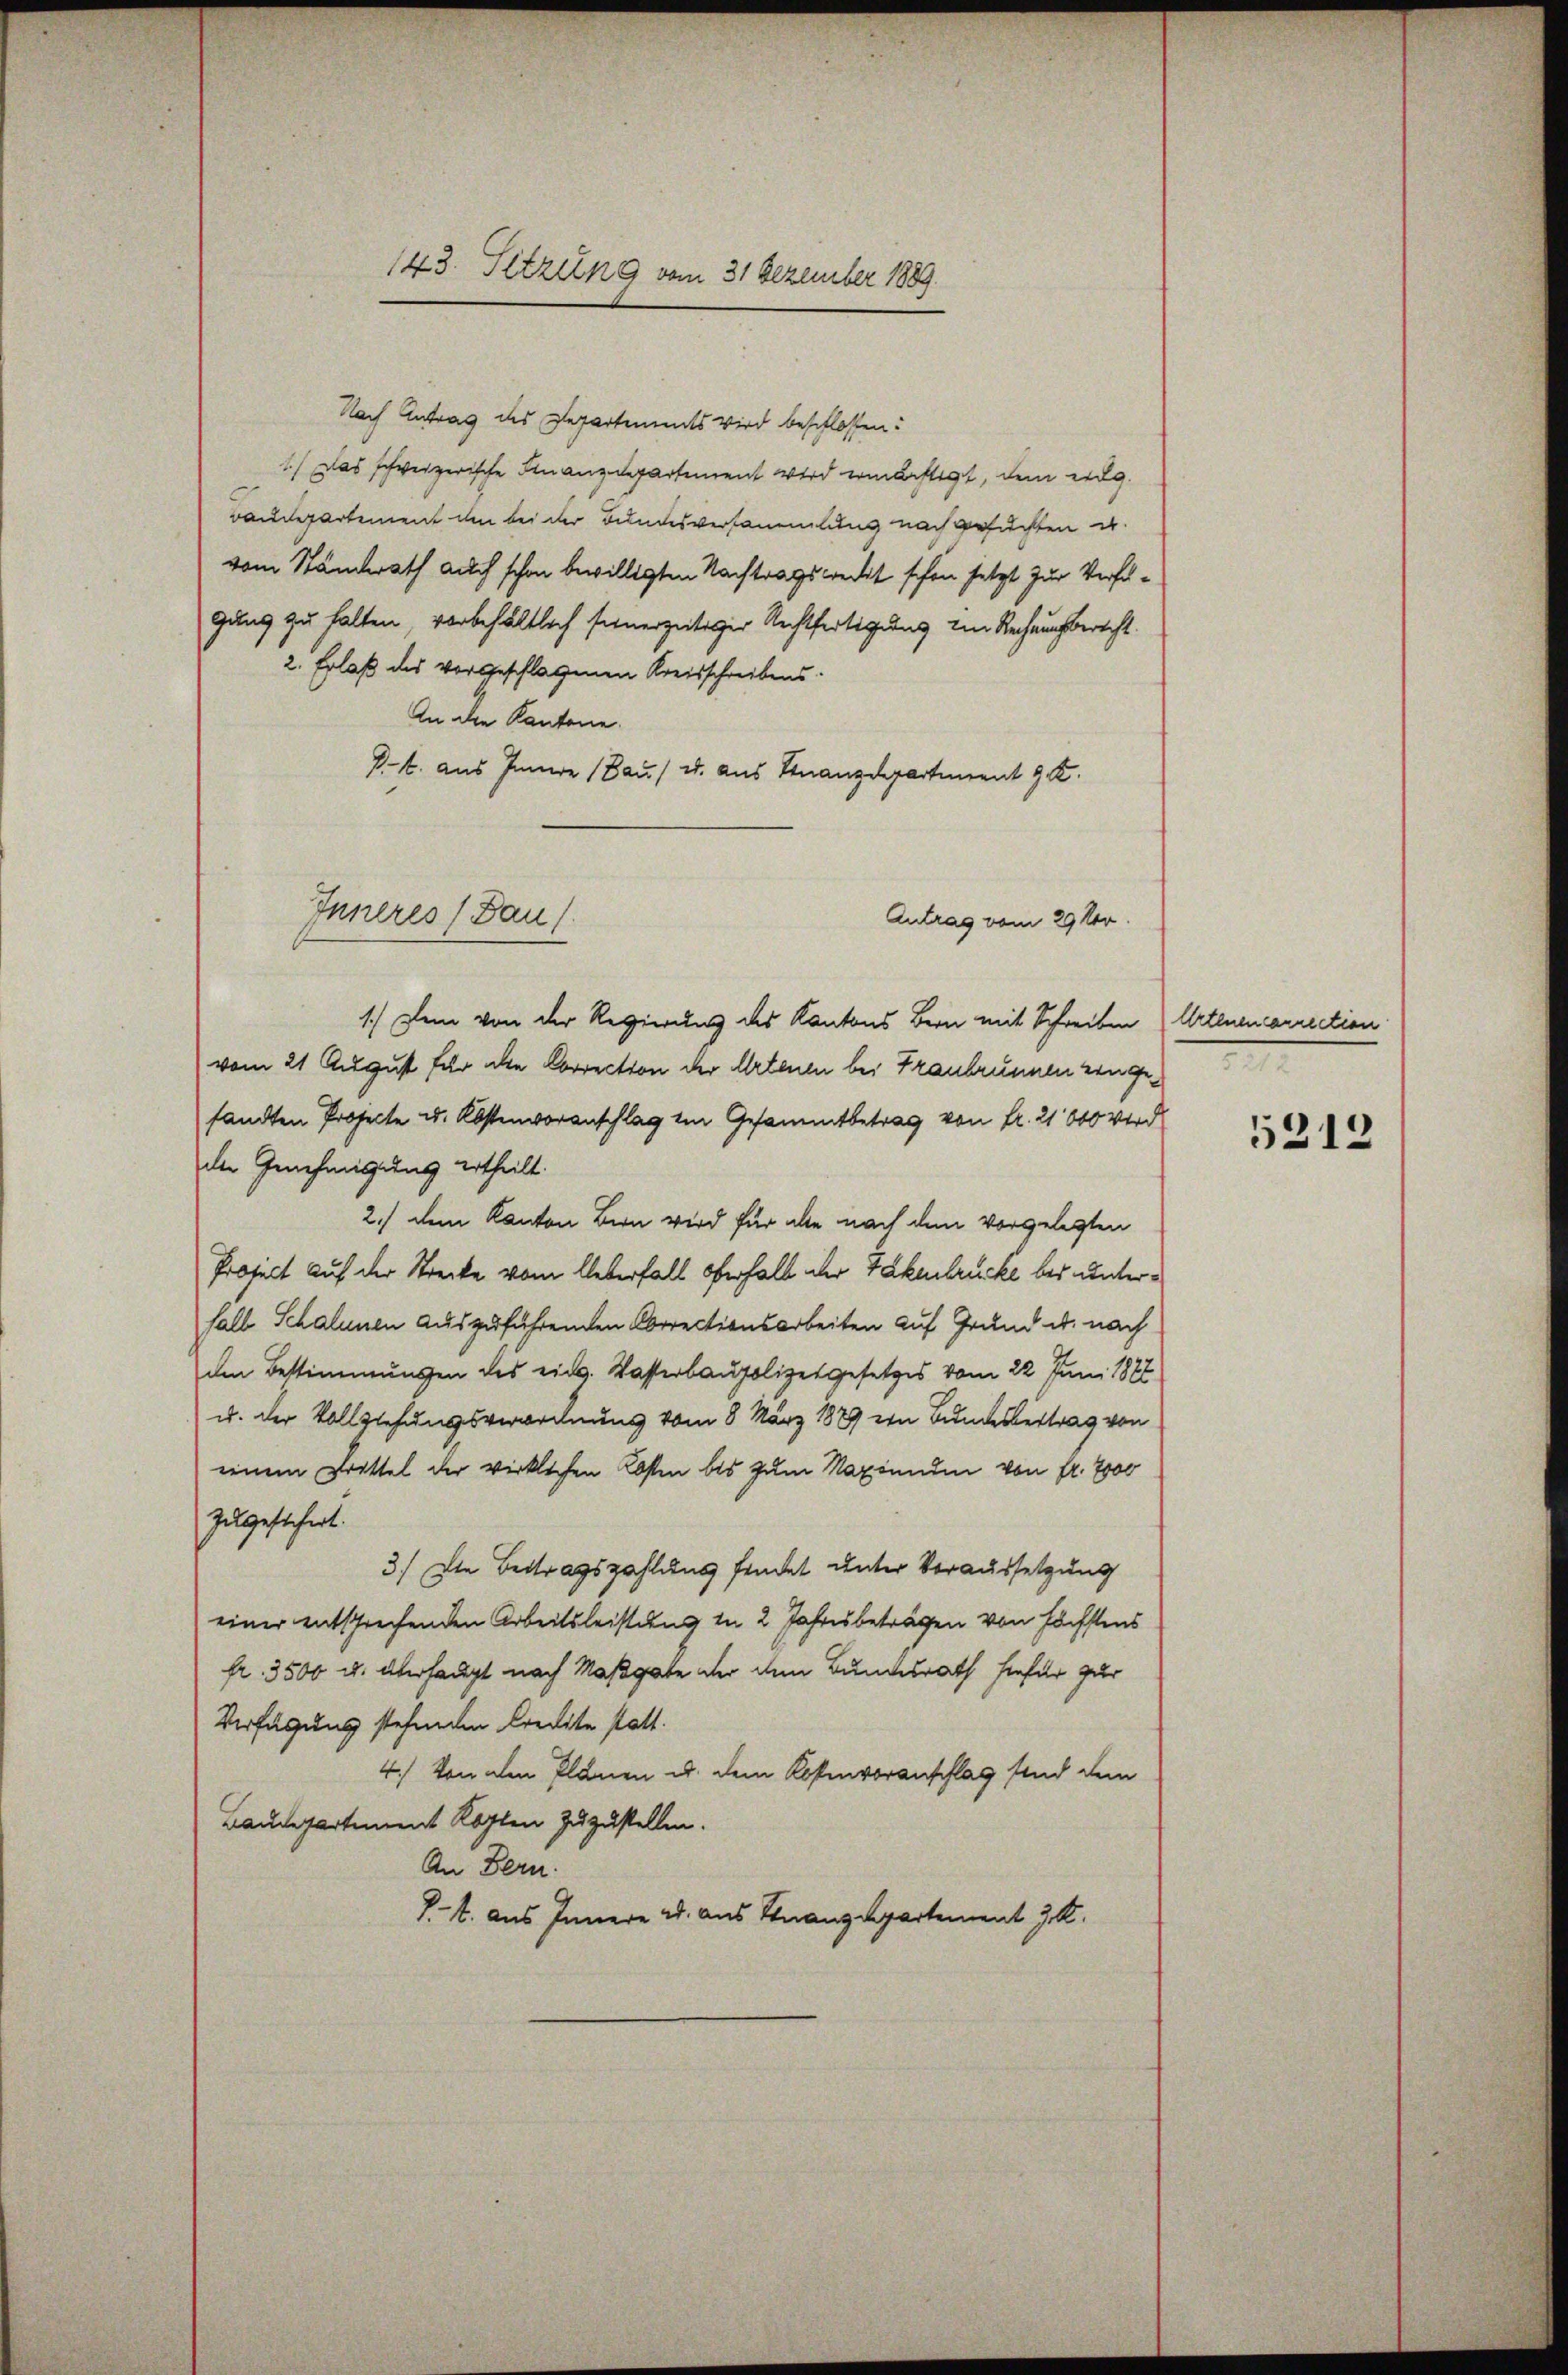
143. Sitzung vom 31 Dezember 1889.

Nach Antrag des Departements wird beschlossen:
1. Das schweizerische Finanzdepartement wird ermächtigt, dem eidg.
Baudepartement den bei der Bundesversammlung nach gesuchten u.
vom Standerath auch schon bewilligten Nachtragswert schon setzt zur Verfügung zu halten, vorbehältlich seinerzeitiger Rechtfertigung im Rechnungsbericht.
2. Erlaß des vorgeschlagenen Kreisschreibens.
An die Kantone.
I. 6. aus Innere (Bau) u. aus Finanzdepartement 9 K.
Antrag vom 29. Ver
1.) Den von der Regierung des Kantons Bern mit Schreiben
vom 21. August für die Correction der Artenen bei Franbrunnen eingesandten Projecte u. Kostenvoranschlag ein Gesammtbetrag von fr. 21000 wird
der Genehmigung ertheilt.
2.) dem Kanton Bern wird für alle nach dem vorgelegten
Project auf der Strecke vom Ueberfall Oberhalb der Fäkenbrücke bei unterhalb Schalenen auszuführenden Correctionsarbeiten auf Grund u. nach
den Bestimmungen des ein. Wasserbaupolizetgesetzes vom 22. Juni 1826
u. der Vollziehungsverordnung vom 8. März 1889 ein Bundesbertrag von
einem Drittel der wirklichen Kosten bis zum Naxinnden von fr. 7000
zugesichert.
3.) Die Beitragszahlung findet unter Voraussetzung
einer entsprechenden Arbeitsleistung in 2 Jahresbeträgen von höchstens
fr. 3500 u. überhaupt nach Maßgabe der dem Bundesrath hiefür zur
Verfügung stehenden Credite statt.
4.) Von den Plänen u. dem Kostenvoranschlag sind dem
Baudepartement Kopfen zuzustellen.
An Bern.
Kl. aus Innere u. aus Finanzdepartement J. K.

Inneres (Bauf

Artenen annection
n

5312